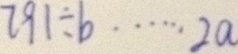
7 9 1 \div b \cdots 2 a